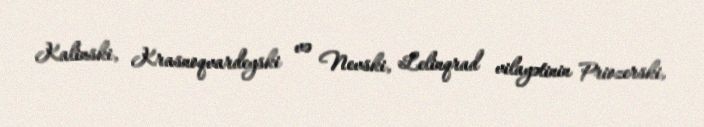
Kalinski, Krasnoqvardeyski və Nevski, Lelinqrad vilayətinin Priozerski,